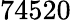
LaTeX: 74520